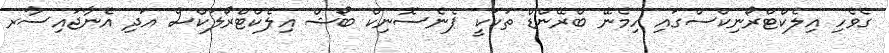
ގެވެހި އިލެކްޓްރޯނިކްސްގައި ހިމެނޭ ބްރޭންޑް ތަކަކީ ޕެނެސޮނިކް ބޯޝް އިލެކްޓްރޯލަކްސް އަދި އެނާޖައިސާރ